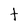
Character: t